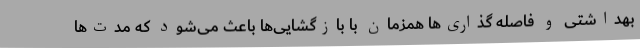
بهداشتی و فاصله گذاری‌ها همزمان با بازگشایی‌ها باعث می‌شود که مدت‌ها